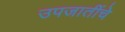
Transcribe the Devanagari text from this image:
उपजातींचे